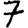
Digit: 7